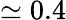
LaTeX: \simeq 0.4